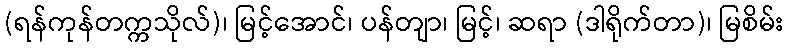
(ရန်ကုန်တက္ကသိုလ်)၊ မြင့်အောင်၊ ပန်တျာ၊ မြင့်၊ ဆရာ (ဒါရိုက်တာ)၊ မြစိမ်း